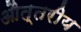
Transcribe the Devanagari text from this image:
औत्तरीय